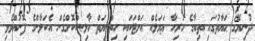
ދުނިޔޭގަ ޙަޔާތުގައި ތިބާގެ ހުރިހާ ޢަމަލެއް އަށްޓަކައި ހިތްނިޔަތް ޚާލިޞްކޮށްގެން އެކަލާންގެ ފޮނުއްވެވި